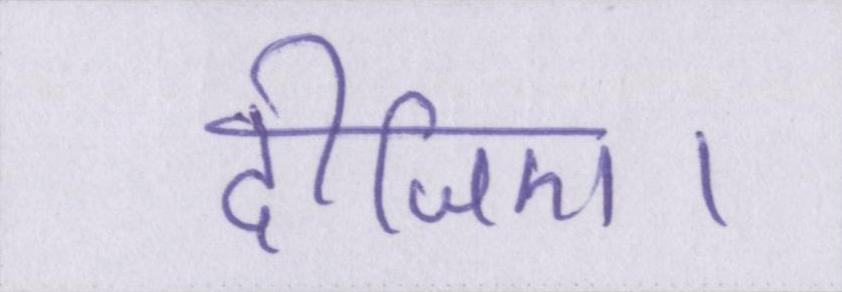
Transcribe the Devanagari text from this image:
दीजिए।